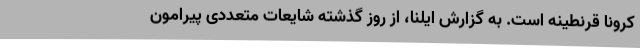
کرونا قرنطینه است. به گزارش ایلنا، از روز گذشته شایعات متعددی پیرامون